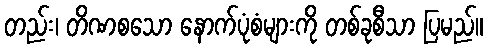
တည်း၊ တိဏစသော နောက်ပုံစံများကို တစ်ခုစီသာ ပြမည်။